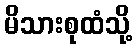
မိသားစုထံသို့